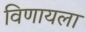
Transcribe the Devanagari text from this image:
विणायला